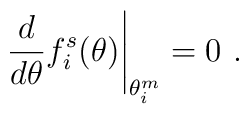
\left. \frac{d}{d\theta }f_{i}^{s}(\theta )\right| _{\theta _{i}^{m}}=0\,\,.